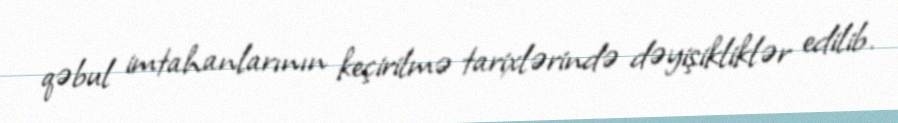
qəbul imtahanlarının keçirilmə tarixlərində dəyişikliklər edilib.